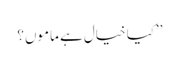
’’کیا خیال ہے ماموں؟